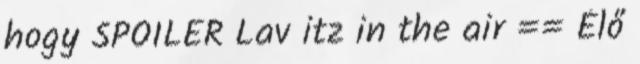
hogy SPOILER Lav itz in the air == Élő